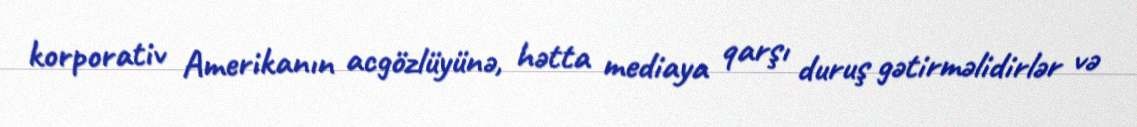
korporativ Amerikanın acgözlüyünə, hətta mediaya qarşı duruş gətirməlidirlər və